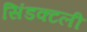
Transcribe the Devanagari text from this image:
सिंडक्टली